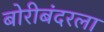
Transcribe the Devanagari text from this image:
बोरीबंदरला